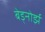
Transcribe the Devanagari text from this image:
बेड्नोर्झ